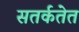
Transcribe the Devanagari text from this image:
सतर्कतेत